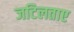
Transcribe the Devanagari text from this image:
जटिलताए